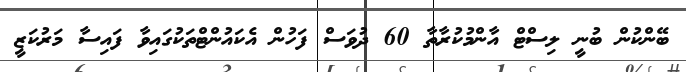
ބޭންކުން ބުނީ ލިސްޓް އާންމުކުރާތާ 60 ދުވަސް ފަހުން އެކައުންޓްތަކުގައިވާ ފައިސާ މަރުކަޒީ